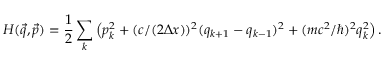
H ( \vec { q } , \vec { p } ) = { \frac { 1 } { 2 } } \sum _ { k } \left( p _ { k } ^ { 2 } + ( c / ( 2 \Delta x ) ) ^ { 2 } ( q _ { k + 1 } - q _ { k - 1 } ) ^ { 2 } + ( m c ^ { 2 } / \hbar ) ^ { 2 } q _ { k } ^ { 2 } \right) .